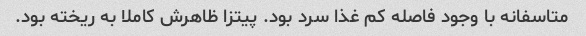
متاسفانه با وجود فاصله کم غذا سرد بود. پیتزا ظاهرش کاملا به ریخته بود.